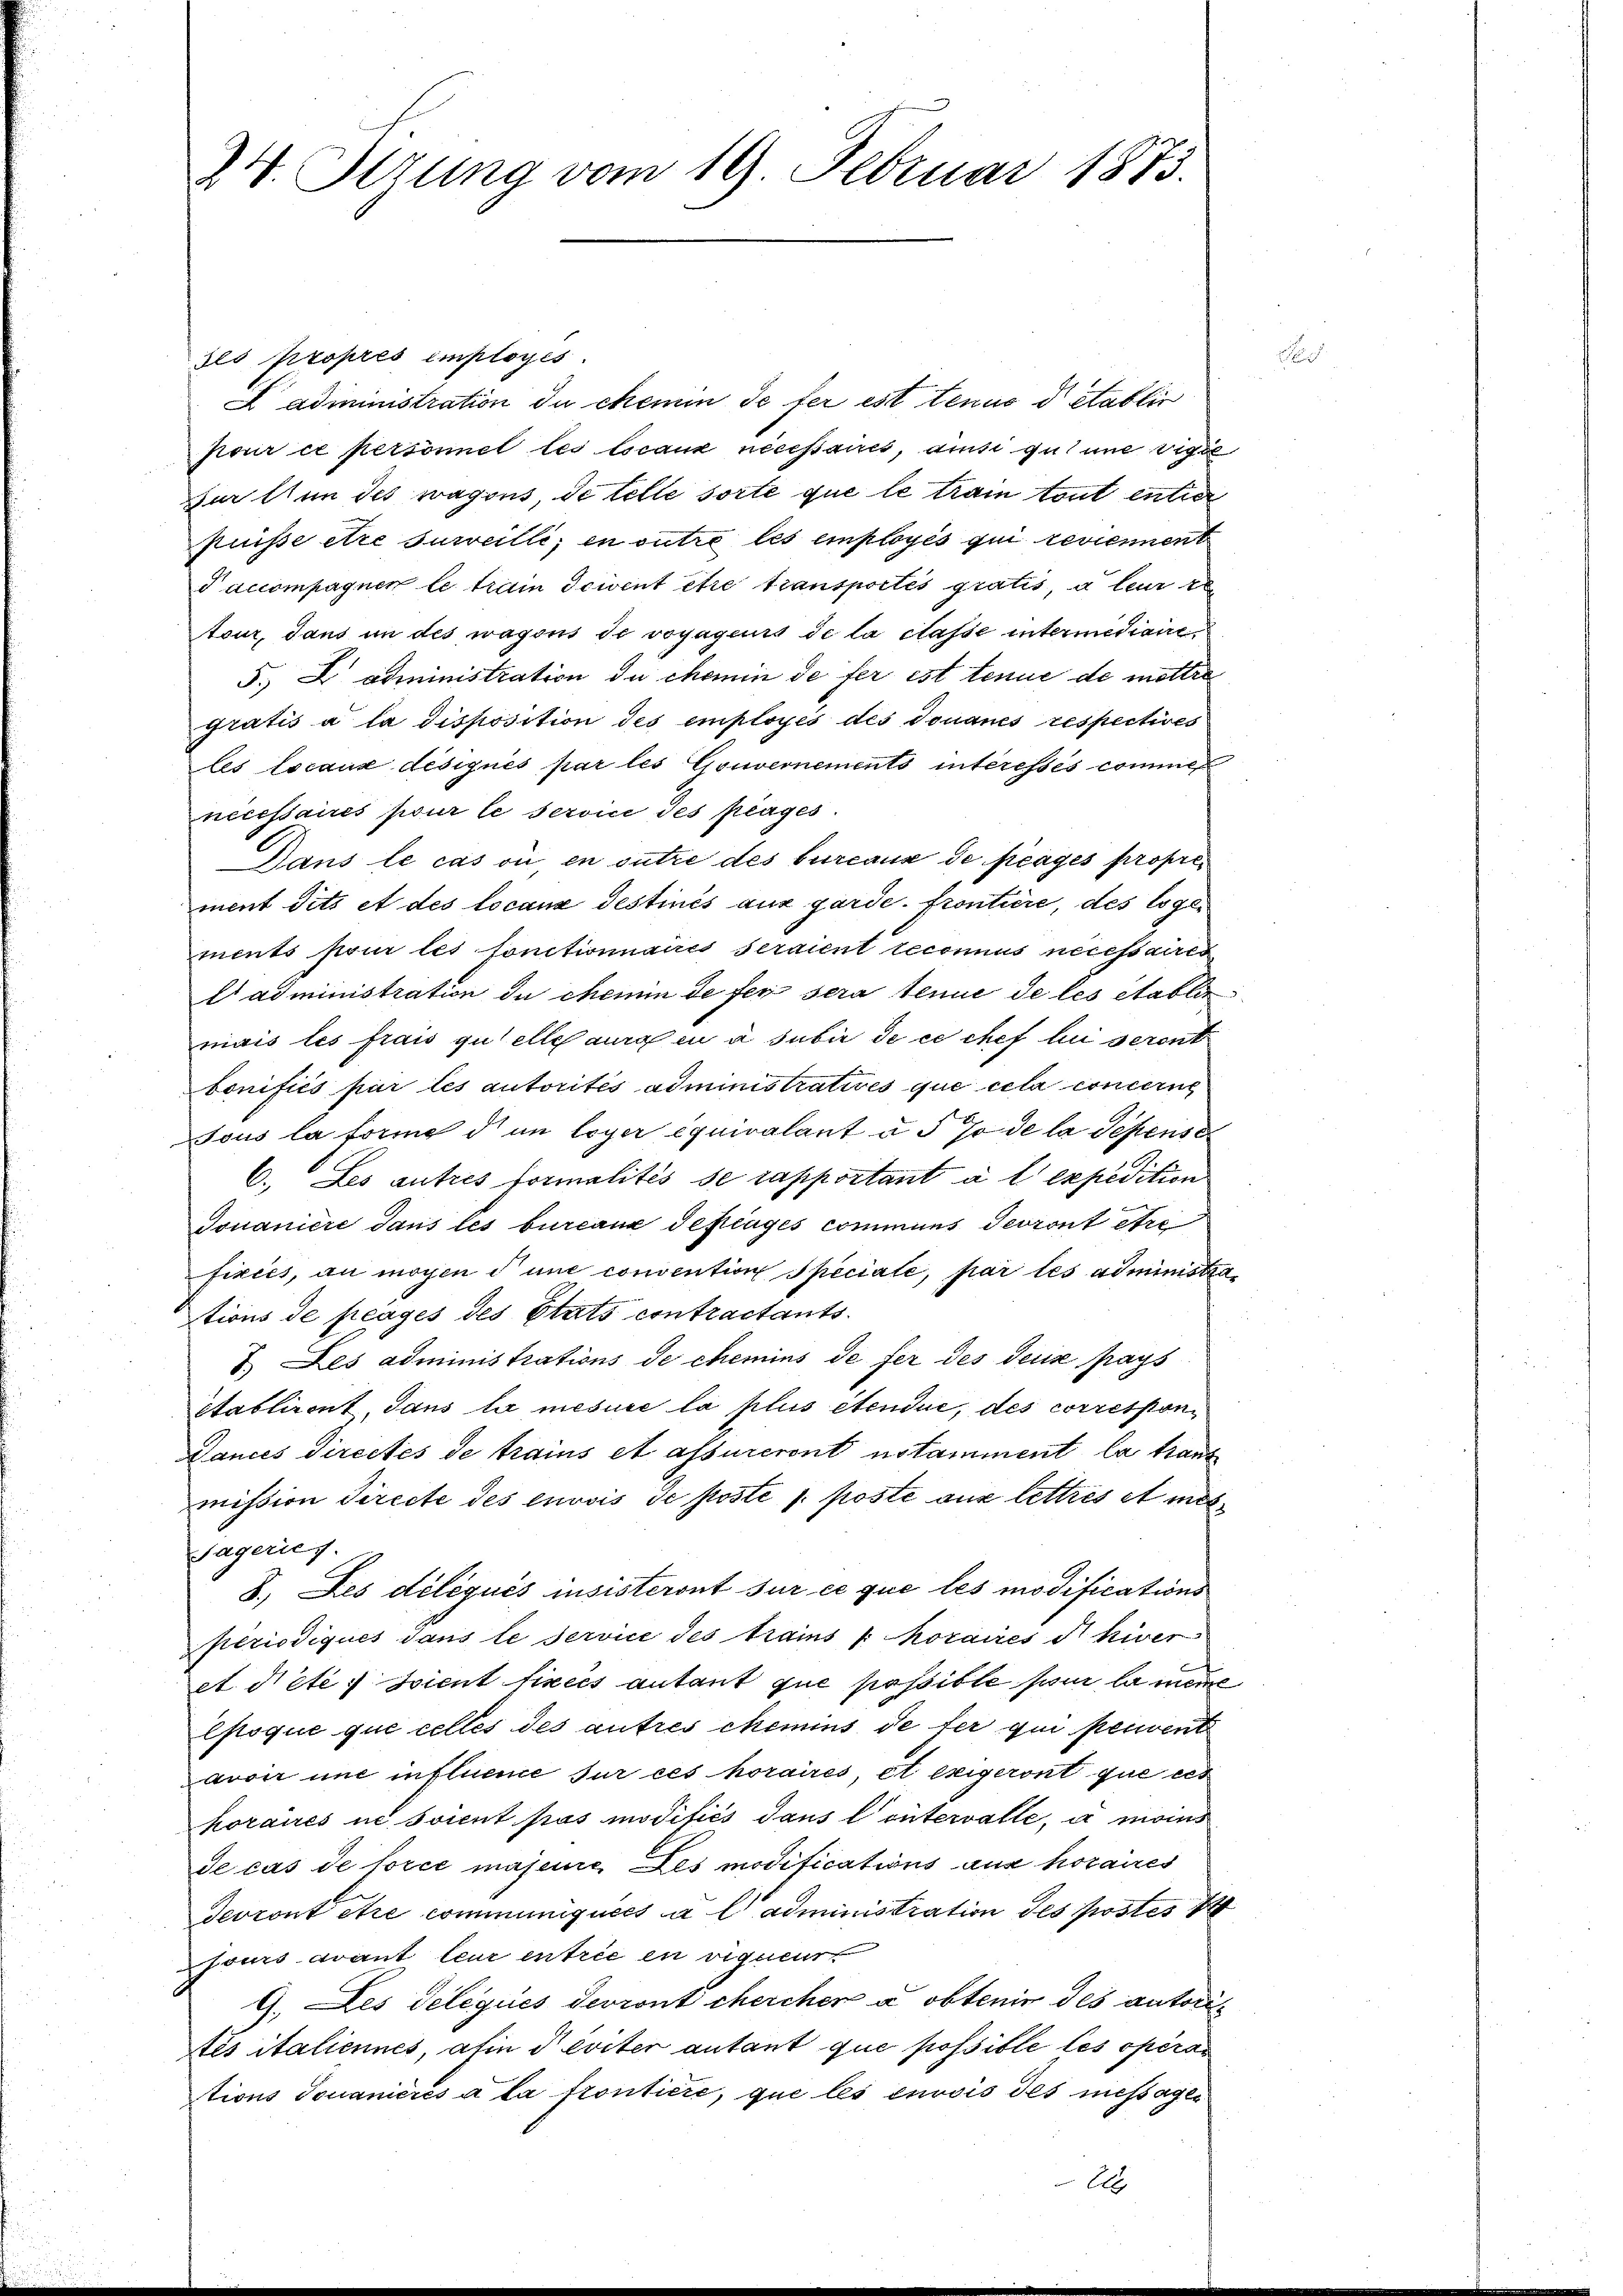
24. Sitzung vom 19. Februar 1873.

ses propres employés.
L administration du chemin de fer est tenus d etablir
pour ce personnel les locaux nécessaires, aus gut une vige
zur thun des wagons, de telle sorte que le train tout entier
puisse être surveille; en outre les employés qui reviennent
Paccompagner le train Scivent être transportes gratis, a le
tour, dans in des wagons de voyageurs de la classe intermediaire,
5.) L administration du chemin de fer est tenue de mettre
gratis a la disposition des employés des Douanes respectives
les locaux désignés par les Gouvernements interessés commen
nécessaires pour le service des plages.
Dans le cas ou en outre des bureaus de frages propres
ment dits et des locanz destinés aus garde-frontiere, des logements pour les fonctionnaires seraient reconnus necessaires
Aadministration du chemin de fer sera tenue de les établir
mais les frais quelle aura en a subir de ce chef lui seront
bonifiés par les autorités administratives que cela concerne
sous la forme d an loyer équivalant u. 5 % de la sepense
6. Les autres formalités se rapportant à l expedition
Douaniere dans les bureaux defiagés communs devront être
fixcés, an mögen d une convention Speciale, par les administrations de peages des Etats contractants.
I. Les administrations de chemins de fer des deuise pays
Etablirent, dans la mesure la plus étendue, des correspondances directés de trains et assureront notamment la trank
mission directe des envois se poste s. poste aus lettres et meh
sägeries.
8. Les délégués insisteront sur ce que les modifications
periodiqués dans le service des trains " Moraires d. River
et dicte vient fixées autant que possible sur la meine
Epoque que celles des autres chemins de fer qui peuvent
avoir une influene sur ces horaires et exigeront que ces
horaues ne soient pas modifiés dans Contervalle, u moins
de cas de force majeure es modifications aus horaires
devront être communiquées à l’administration des postes
jours avant leur entrie en vigueurt
9. Les deliqués devront chercher a obtenir des autori¬
Ais italiennes, afin  éviter autant que possible les operan
tions Jovanicrés à la frontiere, que les envois des messagen

E